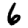
Digit: 6